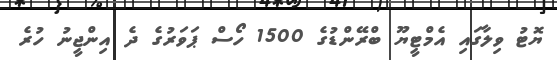
ޔޮޓު ވިލާގައި އެމްޓީޔޫ ބްރޭންޑުގެ 1500 ހޯސް ޕަވަރުގެ ދެ އިންޖީނު ހުރެ